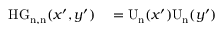
\begin{array} { r l } { \mathrm { H G _ { n , n } } ( x ^ { \prime } , y ^ { \prime } ) } & { { } = \mathrm { U _ { n } } ( x ^ { \prime } ) \mathrm { U _ { n } } ( y ^ { \prime } ) } \end{array}